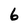
Character: 6